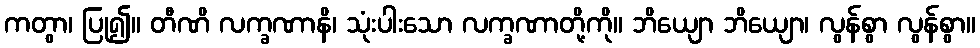
ကတွာ၊ ပြု၍။ တီဏိ လက္ခဏာနိ၊ သုံးပါးသော လက္ခဏာတို့ကို။ ဘိယျော ဘိယျော၊ လွန်စွာ လွန်စွာ။